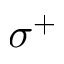
\sigma ^ { + }